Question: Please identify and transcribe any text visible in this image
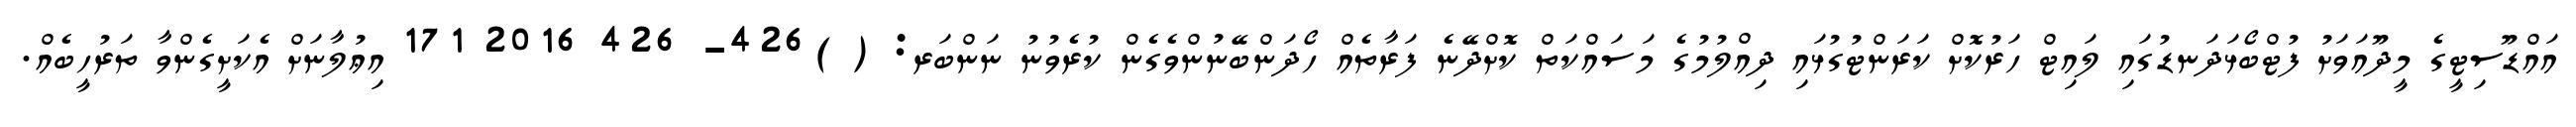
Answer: އައްޑޫސިޓީގެ މީދޫއަވަށު ފުޓްބޯޅަދަނޑުގައި ލައިޓް ހަރުކޮށް ކަރަންޓުގުޅައި ދިއްލުމުގެ މަސައްކަތް ކޮށްދޭނެ ފަރާތެއް ހޯދަންބޭނުންވެގެން ކުރެވުނު ނަންބަރ: ( )426- 426 2016 171 އިޢުލާނަށް އެކަށީގެންވާ ތަރުހީބެއް.